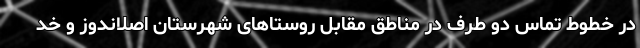
در خطوط تماس دو طرف در مناطق مقابل روستاهای شهرستان اصلاندوز و خد